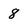
Character: 8